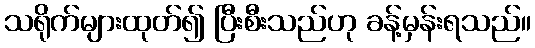
သရိုက်များထုတ်၍ ပြီးစီးသည်ဟု ခန့်မှန်းရသည်။